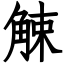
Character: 觫